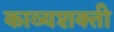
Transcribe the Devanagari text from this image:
काव्यशक्ती